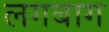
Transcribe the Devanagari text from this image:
लगबाग